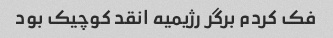
فک کردم برگر رژیمیه انقد کوچیک بود